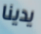
يدينا